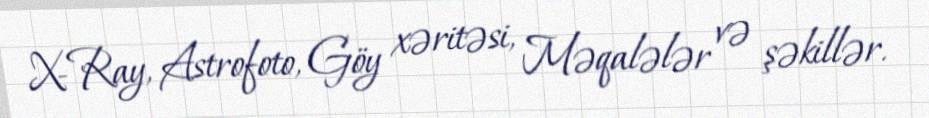
X-Ray, Astrofoto, Göy xəritəsi, Məqalələr və şəkillər.